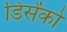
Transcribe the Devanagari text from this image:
डिसेंको